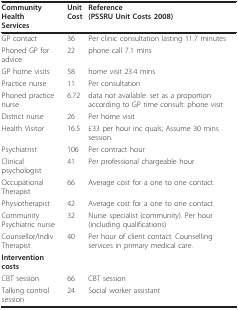
<table><thead><tr><td><b>Community HealthServices</b></td><td><b>UnitCost</b></td><td><b>Reference(PSSRU Unit Costs 2008)</b></td></tr></thead><tbody><tr><td>GP contact</td><td>36</td><td>Per clinic consultation lasting 11.7 minutes</td></tr><tr><td>Phoned GP for advice</td><td>22</td><td>phone call 7.1 mins</td></tr><tr><td>GP home visits</td><td>58</td><td>home visit 23.4 mins</td></tr><tr><td>Practice nurse</td><td>11</td><td>Per consultation</td></tr><tr><td>Phoned practice nurse</td><td>6.72</td><td>data not available. set as a proportion according to GP time consult: phone visit</td></tr><tr><td>District nurse</td><td>26</td><td>Per home visit</td></tr><tr><td>Health Visitor</td><td>16.5</td><td>£33 per hour inc quals; Assume 30 mins session.</td></tr><tr><td>Psychiatrist</td><td>106</td><td>Per contract hour</td></tr><tr><td>Clinical psychologist</td><td>41</td><td>Per professional chargeable hour.</td></tr><tr><td>Occupational Therapist</td><td>66</td><td>Average cost for a one to one contact.</td></tr><tr><td>Physiotherapist</td><td>42</td><td>Average cost for a one to one contact.</td></tr><tr><td>Community Psychiatric nurse</td><td>32</td><td>Nurse specialist (community). Per hour (including qualifications)</td></tr><tr><td>Counsellor/Indiv Therapist</td><td>40</td><td>Per hour of client contact. Counselling services in primary medical care.</td></tr><tr><td><b>Intervention costs</b></td><td></td><td></td></tr><tr><td>CBT session</td><td>66</td><td>CBT session</td></tr><tr><td>Talking control session</td><td>24</td><td>Social worker assistant</td></tr></tbody></table>